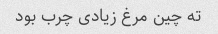
ته چین مرغ زیادی چرب بود